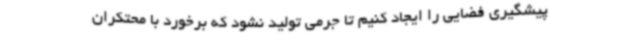
پیشگیری فضایی را ایجاد کنیم تا جرمی تولید نشود که برخورد با محتکران